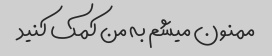
ممنون میشم به من کمک کنید